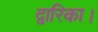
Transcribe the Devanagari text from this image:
द्वारिका।